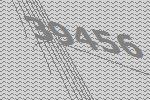
39456